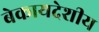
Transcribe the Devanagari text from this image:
बेकायदेशीय